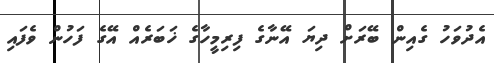
އެދުވަހު ގެއިން ބޭރަށް ދިޔަ އޭނާގެ ފިރިމީހާގެ ޚަބަރެއް އޭގެ ފަހުން ވެފައި